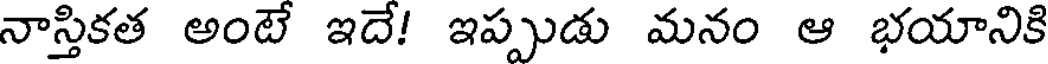
నాస్తికత అంటే ఇదే! ఇప్పుడు మనం ఆ భయానికి